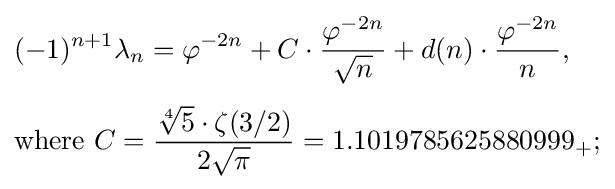
{\begin{aligned}&(-1)^{n+1}\lambda _{n}=\varphi ^{-2n}+C\cdot {\frac {\varphi ^{-2n}}{\sqrt {n}}}+d(n)\cdot {\frac {\varphi ^{-2n}}{n}},\\[4pt]&{\text{where }}C={\frac {{\sqrt[{4}]{5}}\cdot \zeta (3/2)}{2{\sqrt {\pi }}}}=1.1019785625880999_{+};\end{aligned}}